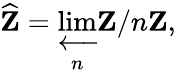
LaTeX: {\widehat{\mathbf{Z}}}=\varprojlim_{n}\mathbf{Z}/n\mathbf{Z},